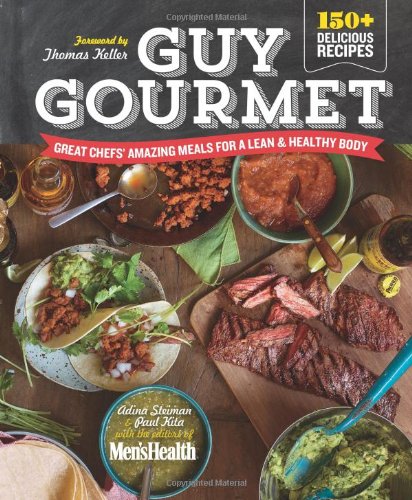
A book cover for Guy Gourmet: Great Chefs' Best Meals for a Lean & Healthy Body; Adina Steiman; Cookbooks, Food & Wine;